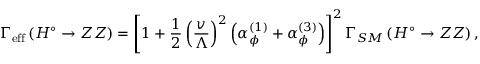
\Gamma _ { \mathrm { { e f f } } } \left( H ^ { \circ } \rightarrow Z Z \right) = \left[ 1 + \frac 1 2 \left( \frac v \Lambda \right) ^ { 2 } \left( \alpha _ { \phi } ^ { ( 1 ) } + \alpha _ { \phi } ^ { ( 3 ) } \right) \right] ^ { 2 } \Gamma _ { S M } \left( H ^ { \circ } \rightarrow Z Z \right) ,